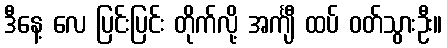
ဒီနေ့ လေ ပြင်းပြင်း တိုက်လို့ အင်္ကျီ ထပ် ဝတ်သွားဦး။